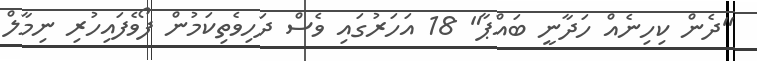
"ދެން ކިހިނެއް ހަދާނީ ބައްޕާ" 18 އަހަރުގައި ވެސް ދަހިވެތިކަމުން ފޯވެފައިހުރި ނިމާލް